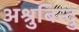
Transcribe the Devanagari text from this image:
अश्रुबिन्दु